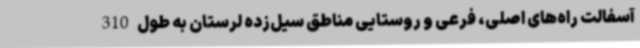
آسفالت راه‌های اصلی، فرعی و روستایی مناطق سیل‌زده لرستان به طول 310